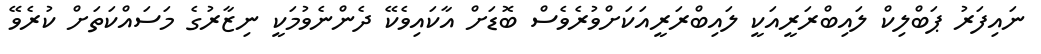
ނައިފަރު ޕަބްލިކް ލައިބްރަރީއަކީ ލައިބްރަރީއަކަށްވުރެވެސް ބޮޑަށް އާކައިވެކޭ ދެންނެވުމަކީ ނިޒާރުގެ މަސައްކަތަށް ކުރެވޭ